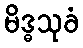
မိဒ္ဓသုခံ